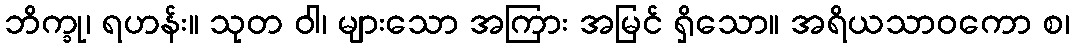
ဘိက္ခု၊ ရဟန်း။ သုတ ဝါ၊ များသော အကြား အမြင် ရှိသော။ အရိယသာဝကော စ၊